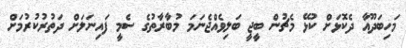
މަހިބަދޫއާ ދެކޮޅަށް ކުޅޭ މެޗުން ބީޖީ ބަލިވެއްޖެނަމަ މުބާރާތުގެ ސެމީ ފައިނަލަށް ދަތުރުކުރުމަށް